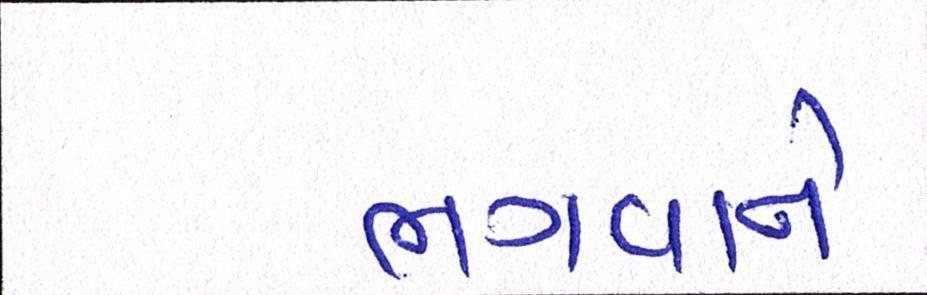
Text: ભગવાને